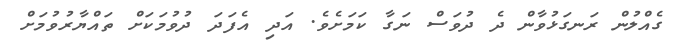
ގެއްލުން ރަނގަޅުވާން ދެ ދުވަސް ނަގާ ކަމަށެވެ. އަދި އެފަދަ ދުވުމަކަށް ތައްޔާރުވުމަށް